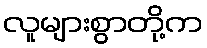
လူများစွာတို့က